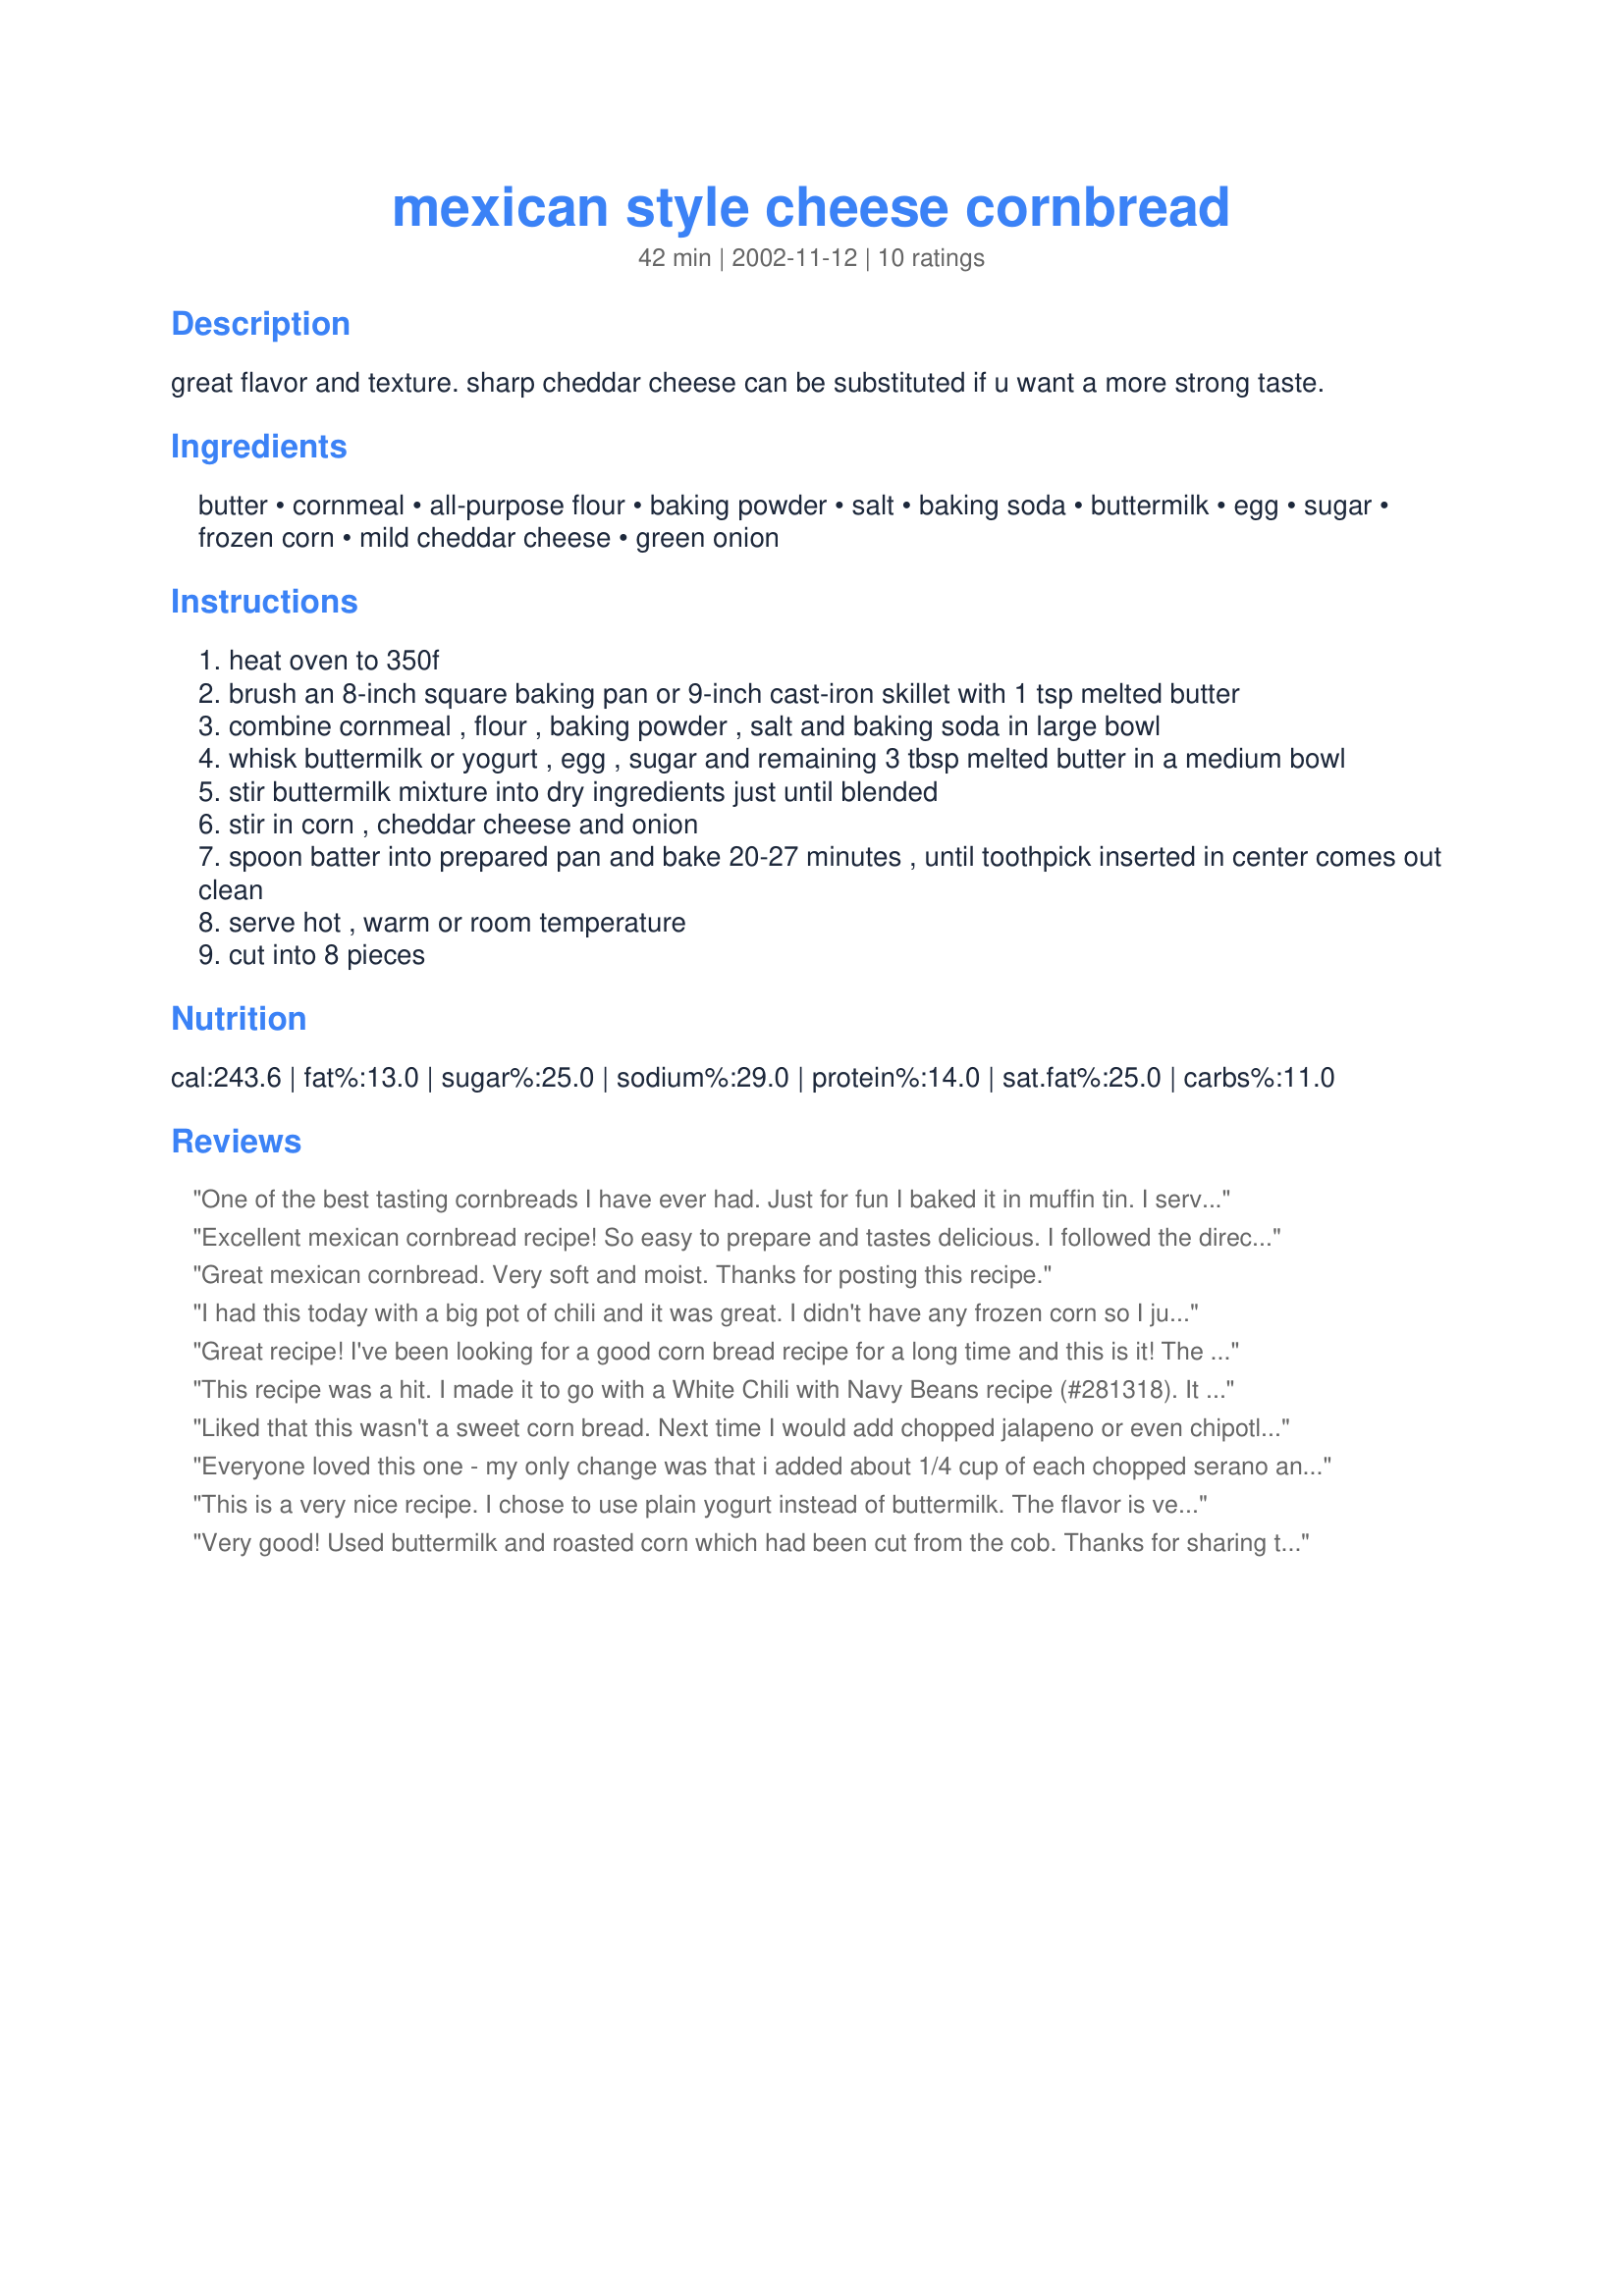
mexican style cheese cornbread
Preparation time: 42 minutes

great flavor and texture. sharp cheddar cheese can be substituted if u want a more strong taste.

Ingredients:
butter, cornmeal, all-purpose flour, baking powder, salt, baking soda, buttermilk, egg, sugar, frozen corn, mild cheddar cheese, green onion

Steps:
heat oven to 350f
brush an 8-inch square baking pan or 9-inch cast-iron skillet with 1 tsp melted butter
combine cornmeal , flour , baking powder , salt and baking soda in large bowl
whisk buttermilk or yogurt , egg , sugar and remaining 3 tbsp melted butter in a medium bowl
stir buttermilk mixture into dry ingredients just until blended
stir in corn , cheddar cheese and onion
spoon batter into prepared pan and bake 20-27 minutes , until toothpick inserted in center comes out clean
serve hot , warm or room temperature
cut into 8 pieces

Reviews:
One of the best tasting cornbreads I have ever had. Just for fun I baked it in muffin tin. I served it with a cuban red bean soup. My SO dared me to throw out the left over muffins. I think we will have them tomorrow AM with butter and maple syrup.
This will be our standard recipe for cornbread from now on.
Thanks.
Excellent mexican cornbread recipe! So easy to prepare and tastes delicious. I followed the directions as posted, except for using 1/2 cup of the packaged Mexican Style shredded cheddar jack w/jalapeno peppers, omitted the corn and onions, and opted for a 4 oz. can of diced green chiles. My husband could not stop raving about the cornbread and said that it was "The best mexican cornbread he's ever tried in his entire life!" We love it and will use this recipe quite often. Thank you Nurslinda!
Great mexican cornbread. Very soft and moist. Thanks for posting this recipe.
I had this today with a big pot of chili and it was great. I didn't have any frozen corn so I just used canned corn and it was great. My family loved it. Thanks for posting.
Great recipe! I've been looking for a good corn bread recipe for a long time and this is it! The flavor is wonderful! I also used can corn in place of frozen. The only note I have to make was that I had to bake this recipe for 35 minutes at 350 degrees.
This recipe was a hit. I made it to go with a White Chili with Navy Beans recipe (#281318). It complimented it very well. I used plain yogurt and 1 c shredded cheddar cheese. I added 1 4-oz can chopped mild green chiles to enhance the flavor. I did not have the green onions, so I did without. The cornbread had an excellent flavor, but next time I think I will add some chopped jalepenos, too, for a little more kick.
Liked that this wasn't a sweet corn bread. Next time I would add chopped jalapeno or even chipotle for a little tiny heat. It was still quite good with a little butter alongside our soup. Thanks, Nurslinda.
Everyone loved this one - my only change was that i added about 1/4 cup of each chopped serano and jalapino peppers. Next time I may add a little red bell pepper too.
This is a very nice recipe. I chose to use plain yogurt instead of buttermilk. The flavor is very nice. I live at a higher altitude (3900 ft), so it took a bit over 30 minutes to bake. Next time I make it, I would probably let it cook another 5 minutes after the toothpick comes out clean, because the center seemed to me to be a bit underdone. That is nothing wrong with the recipe, just the learning process when trying something new, not to mention that this is the first baking I have done at high altitude. I served this with a chili recipe from another site. I will definitely be making this again.
Very good! Used buttermilk and roasted corn which had been cut from the cob. Thanks for sharing the recipe!
